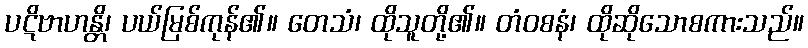
ပဋိဗာဟန္တိ၊ ပယ်မြစ်ကုန်၏။ တေသံ၊ ထိုသူတို့၏။ တံဝစနံ၊ ထိုဆိုသောစကားသည်။